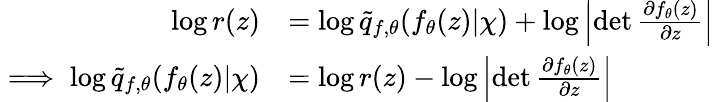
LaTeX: \begin{array}{rl}{\log r(z)}&{=\log\tilde{q}_{f,\theta}(f_{\theta}(z)|\chi)+\log\left|\operatorname*{det}\frac{\partial f_{\theta}(z)}{\partial z}\right|}\\ {\implies\log\tilde{q}_{f,\theta}(f_{\theta}(z)|\chi)}&{=\log r(z)-\log\left|\operatorname*{det}\frac{\partial f_{\theta}(z)}{\partial z}\right|}\end{array}